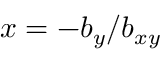
x = - b _ { y } / b _ { x y }